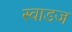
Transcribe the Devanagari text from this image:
स्वाडज